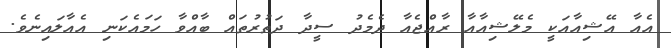
އެއާ އޭޝިއާއަކީ މެލޭޝިއާއާ ރާއްޖެއާ ދެމެދު ސީދާ ދަތުރުތައް ބާއްވާ ހަމައެކަނި އެއާލައިނެވެ.